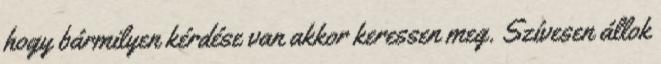
hogy bármilyen kérdése van akkor keressen meg. Szívesen állok